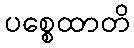
ပစ္စေထာတိ